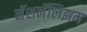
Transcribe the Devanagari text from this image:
नॅशनॅलिझम